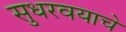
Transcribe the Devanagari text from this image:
सुधरवयाचे